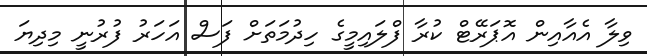
ވިލާ އެއާއިން އޮޕަރޭޓް ކުރާ ފްލައިމީގެ ހިދުމަތަށް ފަސް އަހަރު ފުރުނީ މިދިޔަ